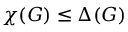
\chi ( G ) \leq \Delta ( G )